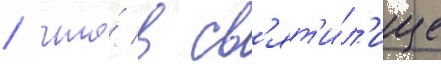
/ что́ в св'ят'и́л'ище